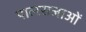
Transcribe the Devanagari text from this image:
पालराजाओं